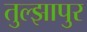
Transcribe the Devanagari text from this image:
तुल्झापुर